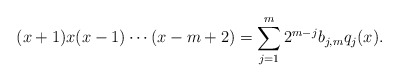
\begin{align*}(x+1)x(x-1)\cdots(x-m+2)=\sum_{j=1}^m 2^{m-j}b_{j,m}q_j(x).\end{align*}